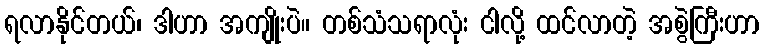
ရလာနိုင်တယ်၊ ဒါဟာ အကျိုးပဲ။ တစ်သံသရာလုံး ငါလို့ ထင်လာတဲ့ အစွဲကြီးဟာ